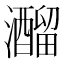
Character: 𤄍